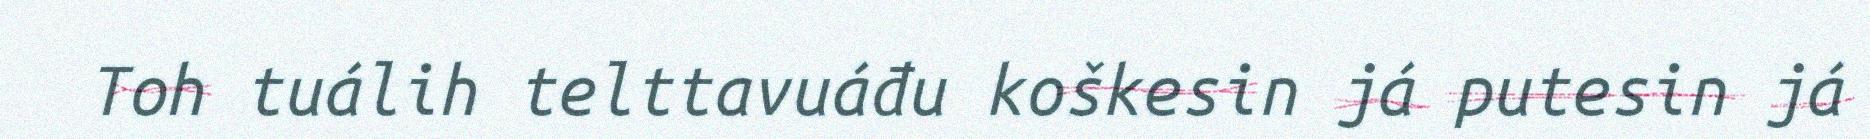
Toh tuálih telttavuáđu koškesin já putesin já